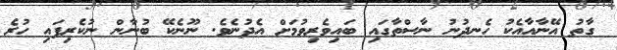
ގާތު އޭނާއާއެކު ހެނދުނު ނާސްތާގައި ބައިވެރިވުމަށް އެދުނެވެ. ނޫނެކޭ ބުނާން ނުކެރިފައި ހުރެ